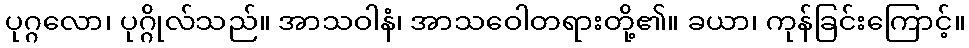
ပုဂ္ဂလော၊ ပုဂ္ဂိုလ်သည်။ အာသဝါနံ၊ အာသဝေါတရားတို့၏။ ခယာ၊ ကုန်ခြင်းကြောင့်။